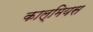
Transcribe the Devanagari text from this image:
काल्मियस